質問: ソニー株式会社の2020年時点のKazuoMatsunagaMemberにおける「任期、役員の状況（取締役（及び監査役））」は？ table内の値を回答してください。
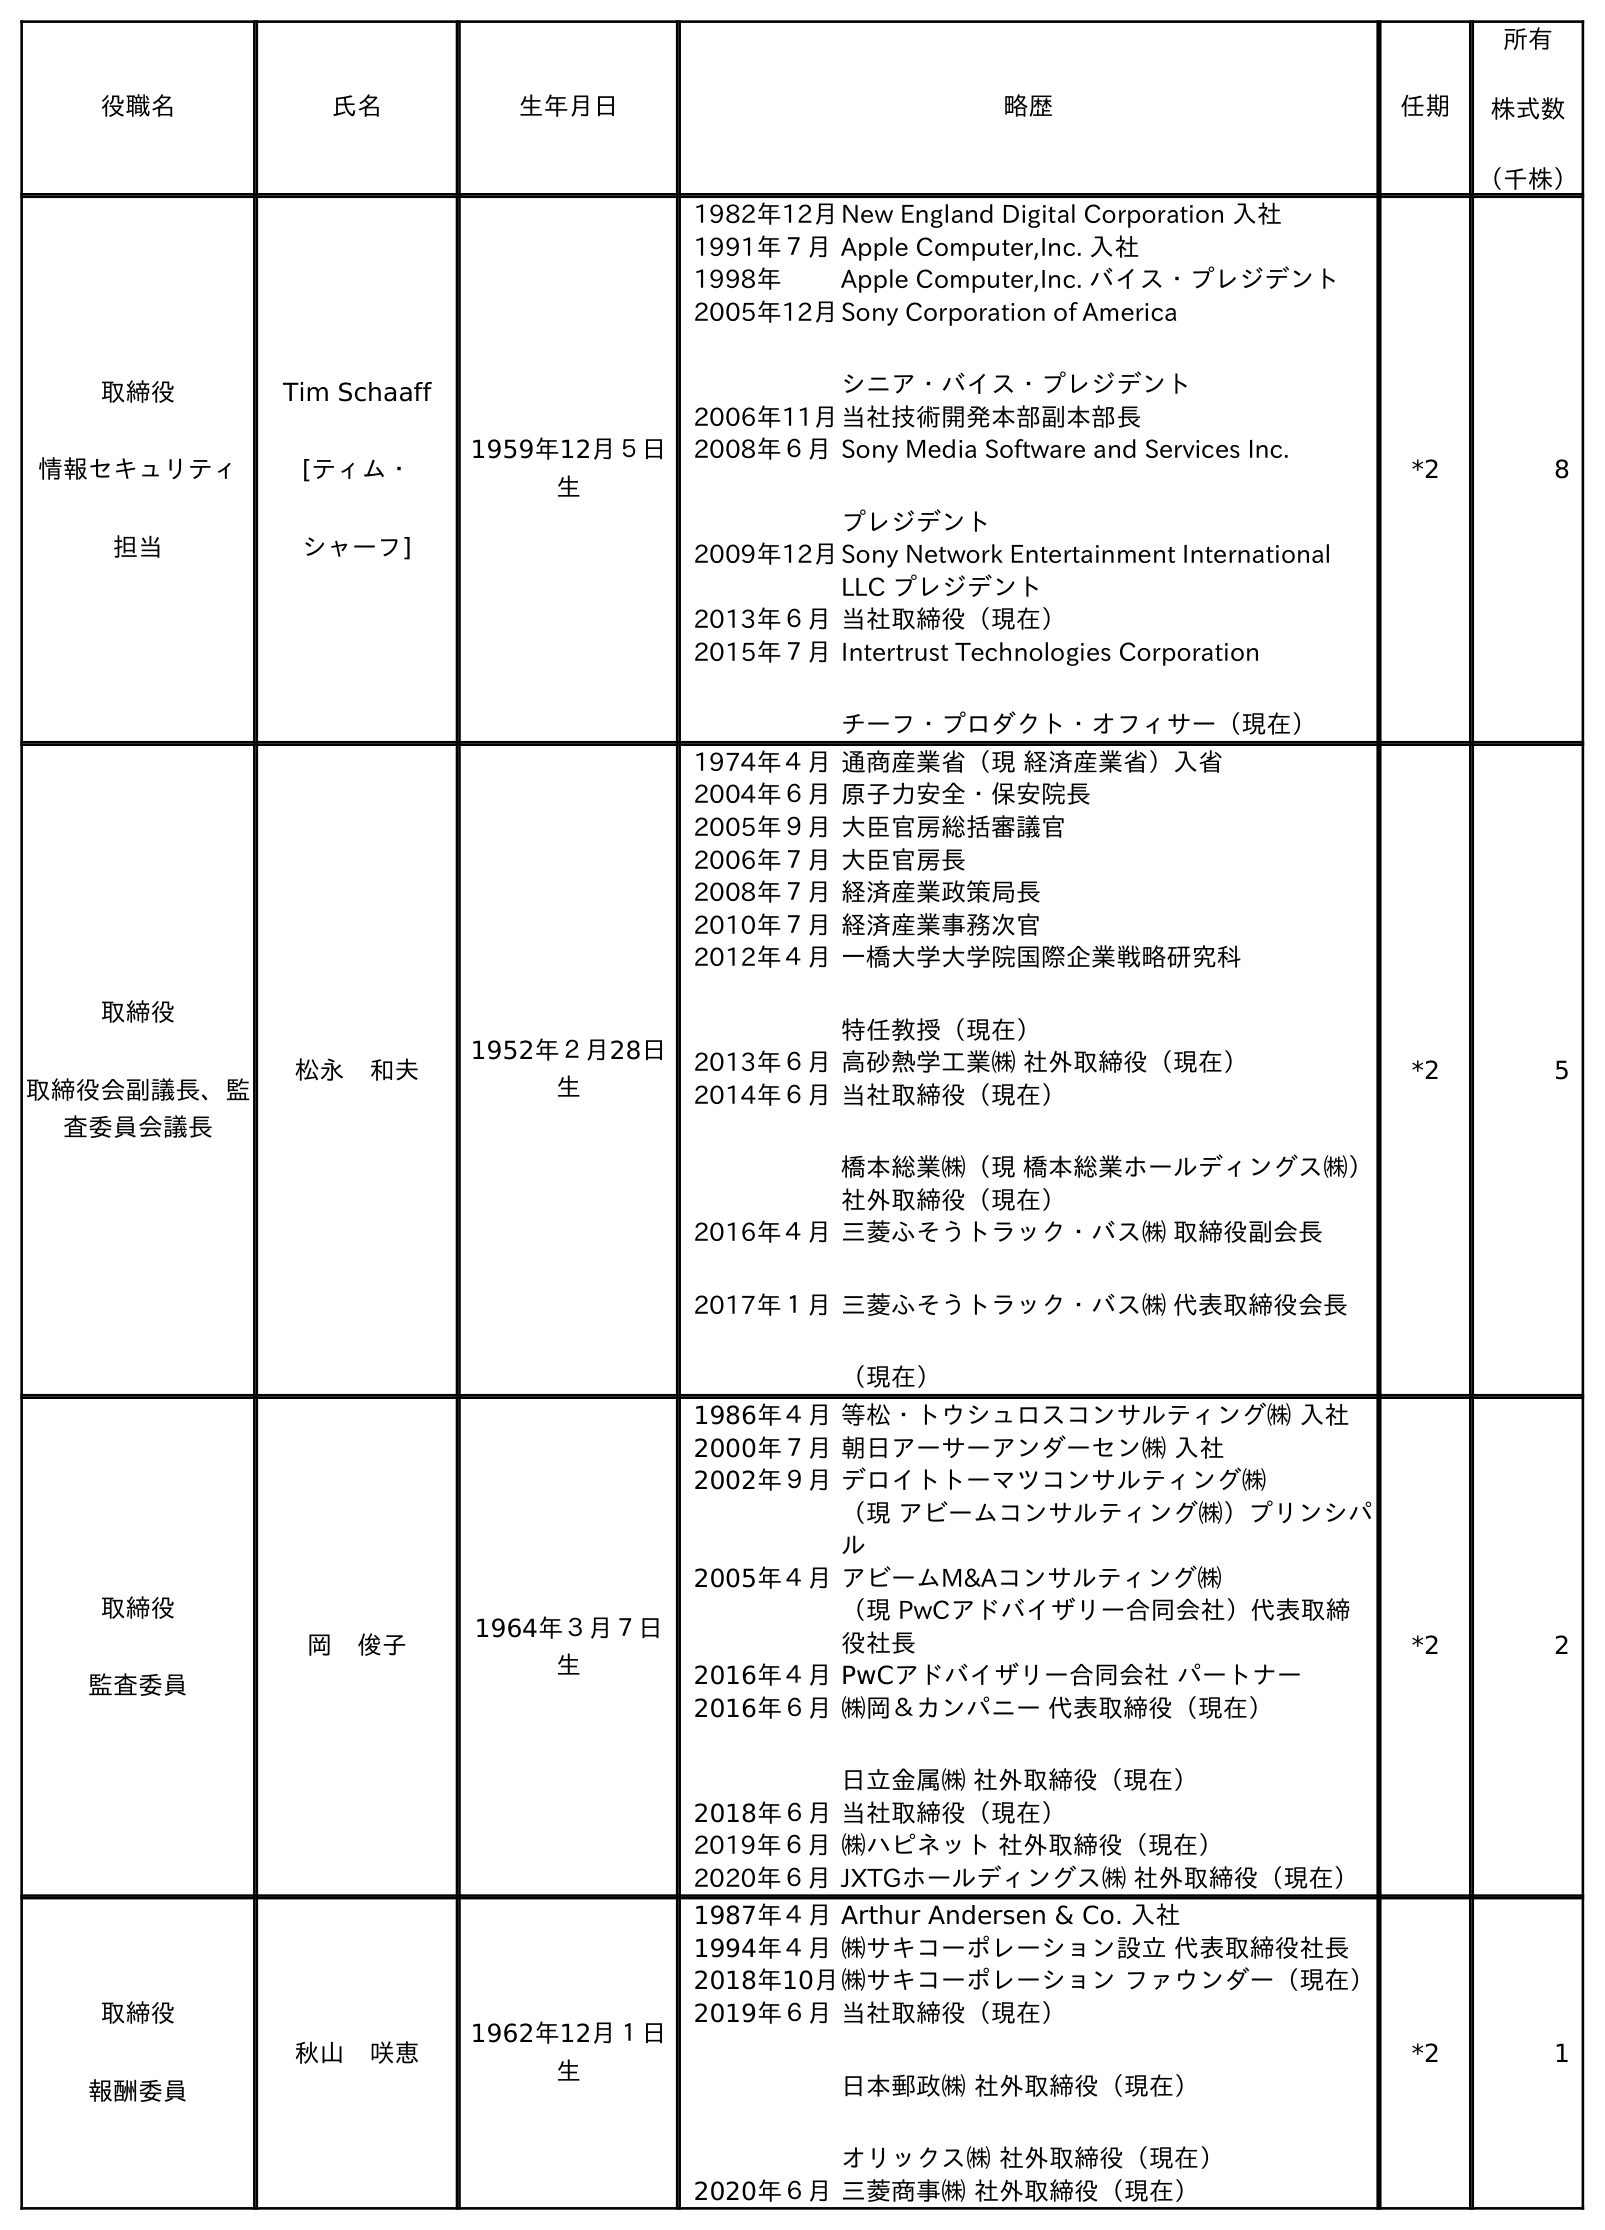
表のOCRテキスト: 役職名 氏名 生年月日 略歴 任期 所有 株式数 （千株） 取締役 情報セキュリティ 担当 Tim Schaaff [ティム・ シャーフ] 1959年12月５日 生 1982年12月New England Digital Corporation 入社 1991年７月Apple Computer,Inc. 入社 1998年 Apple Computer,Inc. バイス・プレジデント 2005年12月Sony Corporation of America シニア・バイス・プレジデント 2006年11月当社技術開発本部副本部長 2008年６月Sony Media Software and Services Inc. プレジデント 2009年12月Sony Network Entertainment International LLC プレジデント 2013年６月当社取締役（現在） 2015年７月Intertrust Technologies Corporation チーフ・プロダクト・オフィサー（現在） *2 8 取締役 取締役会副議長、監 査委員会議長 松永 和夫 1952年２月28日 生 1974年４月通商産業省（現 経済産業省）入省 2004年６月原子力安全・保安院長 2005年９月大臣官房総括審議官 2006年７月大臣官房長 2008年７月経済産業政策局長 2010年７月経済産業事務次官 2012年４月一橋大学大学院国際企業戦略研究科 特任教授（現在） 2013年６月高砂熱学工業㈱ 社外取締役（現在） 2014年６月当社取締役（現在） 橋本総業㈱（現 橋本総業ホールディングス㈱） 社外取締役（現在） 2016年４月 2017年１月 三菱ふそうトラック・バス㈱ 取締役副会長 三菱ふそうトラック・バス㈱ 代表取締役会長 （現在） *2 5 取締役 監査委員 岡 俊子 1964年３月７日 生 1986年４月等松・トウシュロスコンサルティング㈱ 入社 2000年７月朝日アーサーアンダーセン㈱ 入社 2002年９月デロイトトーマツコンサルティング㈱ （現 アビームコンサルティング㈱）プリンシパ ル 2005年４月アビームM&Aコンサルティング㈱ （現 PwCアドバイザリー合同会社）代表取締 役社長 2016年４月PwCアドバイザリー合同会社 パートナー 2016年６月㈱岡＆カンパニー 代表取締役（現在） 日立金属㈱ 社外取締役（現在） 2018年６月当社取締役（現在） 2019年６月㈱ハピネット 社外取締役（現在） 2020年６月JXTGホールディングス㈱ 社外取締役（現在） *2 2 取締役 報酬委員 秋山 咲恵 1962年12月１日 生 1987年４月Arthur Andersen & Co. 入社 1994年４月㈱サキコーポレーション設立 代表取締役社長 2018年10月㈱サキコーポレーション ファウンダー（現在） 2019年６月当社取締役（現在） 日本郵政㈱ 社外取締役（現在） オリックス㈱ 社外取締役（現在） 2020年６月三菱商事㈱ 社外取締役（現在） *2 1
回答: *2